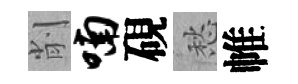
削喃硯愁帷